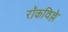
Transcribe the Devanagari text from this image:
रॉकविल्ले